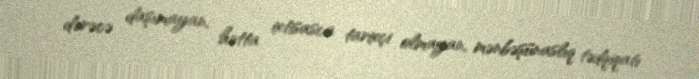
dərəcə daşımayan, hətta ixtisasca tarixçi olmayan, mənbəşünaslıq tədqiqatı